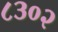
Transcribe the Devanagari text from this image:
८३०२